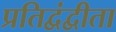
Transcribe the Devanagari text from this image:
प्रतिद्वंद्वीता